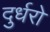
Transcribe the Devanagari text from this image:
दुर्धरो